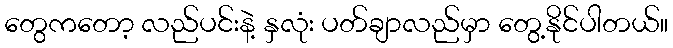
တွေကတော့ လည်ပင်းနဲ့ နှလုံး ပတ်ချာလည်မှာ တွေ့နိုင်ပါတယ်။